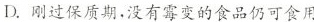
D. 刚过保质期，没有霉变的食品仍可食用